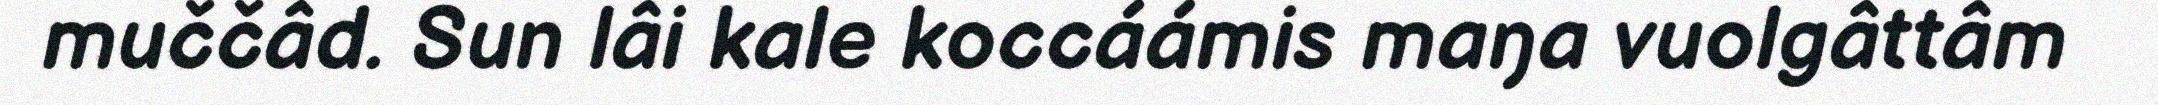
muččâd. Sun lâi kale koccáámis maŋa vuolgâttâm